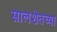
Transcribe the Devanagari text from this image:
सालशेतच्या